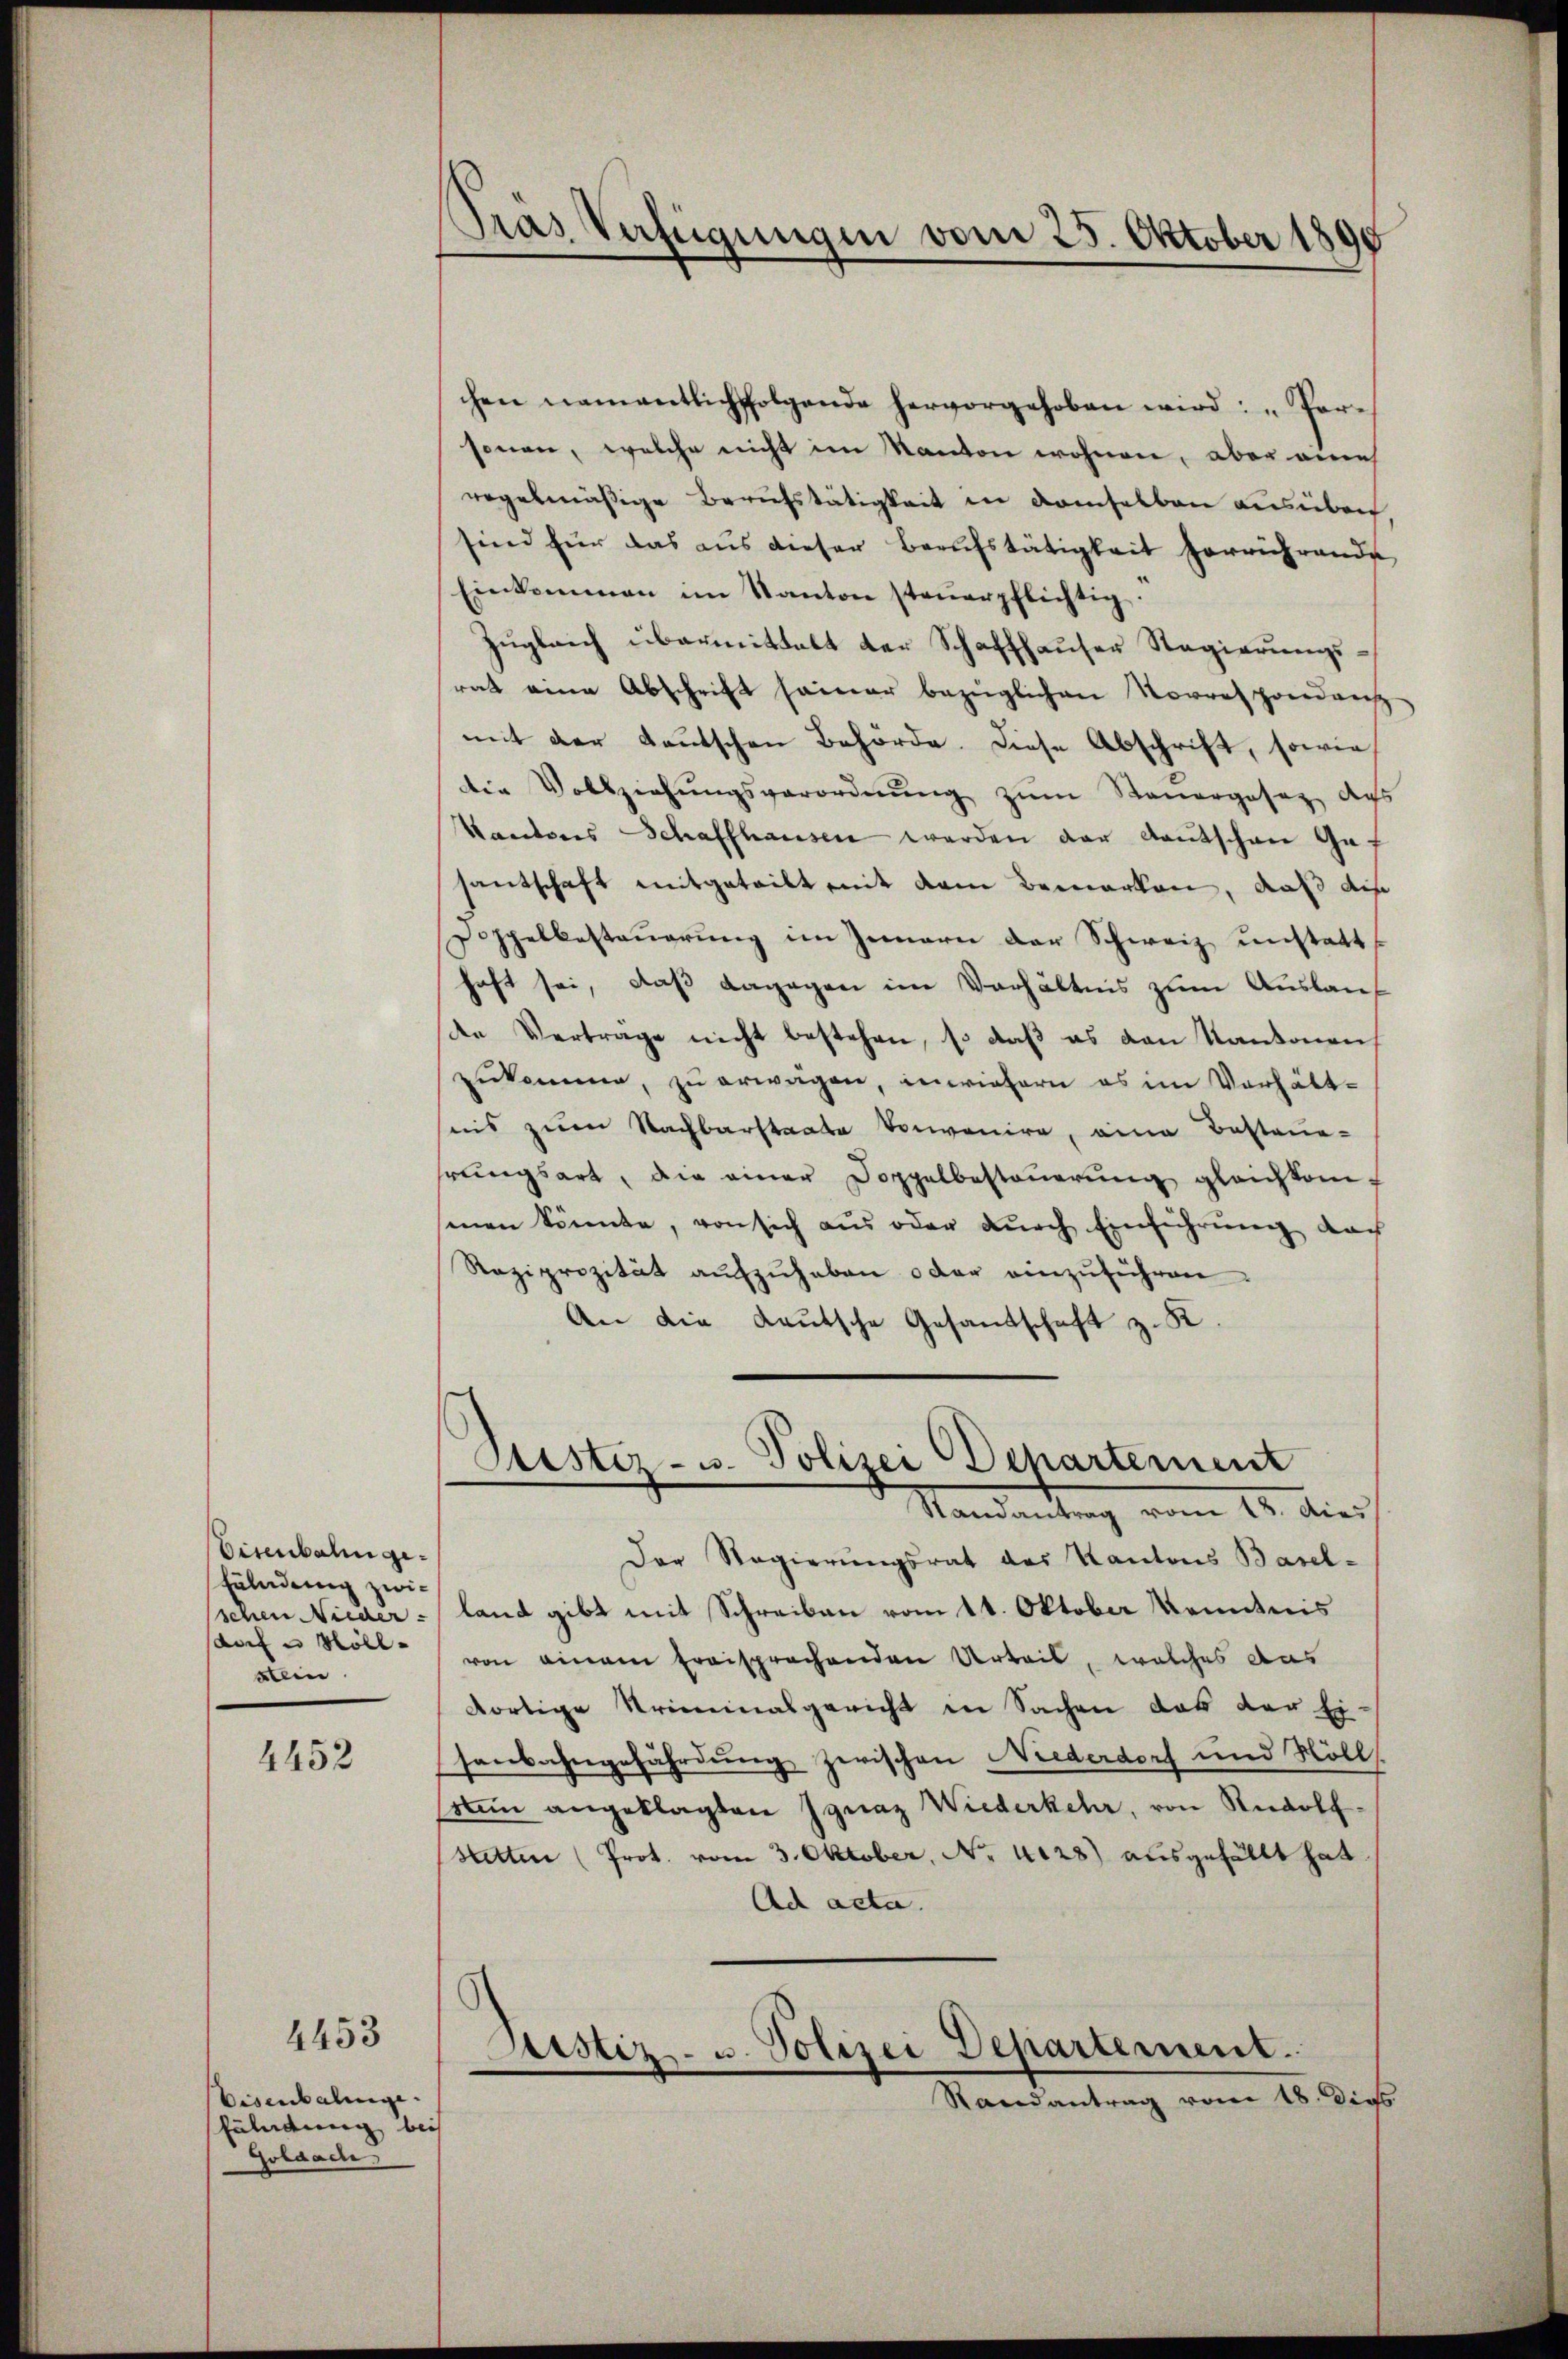
Eisenbahn ge¬
Enladung zwidorf u. Möll
stein

4452

4453

Visenbalinge.
fändung bei
Golaach,

Gras Verfügungen vom 25. Oktober 1890

chen namentlich folgende hervorgehoben wird: „Ver-
sonen, welche nicht im Kanton wohnen, aber eines
regelmäßige Berufstätigkeit in demselben ausüben
sind für das aŭs dieser Beaŭfstätigkeit herrührende
Einkommen im Kanton steŭerpflichtig.
zŭgleich übermittalt der Schaffhauser Regierungsrat eine Abschrift seiner bezüglichen Vorrespondans
mit der Kautschen Behörde. Diese Abschrift, sowie
die Vollziehŭngsverordnŭng zŭm Sauergesez des
kantons Schaffhausen werden der Kantschen Gaf
santschaft mitgeteilt mit dem Bemerken, daß die
Poppelbesteuerung im Innern der Schweiz unstatthaft sei, daß dagegen im Verhältnis zum Auslauf
de Verträge nicht bestehen, so daβ es von Kantonen
zŭkomme, zŭ erwägen, inwiefern es im Verhältsiis zum Nachbarstaate Voranire, eine Besteue-
rungsart, die einer Doppelbesteuerung gleichkomsenen könnte, von sich aus oder durch Einführung nach
Raziprizität aufzuheben oder einzuführen.
An die Kautsche Gesandschaft z. K.
Sistiz- u. Polizei Departerienz
Mandantung vom 18. dies
Der Regierungsrat des Kantons Basel-
schen Nieder - land gibt mit Schreiben vom 11. Oktober Kenntnis
von einem fraisprachenden Urteis, welches aus
dortige Kriminalgericht in Sachen das der Ei-
senbahngefährdung zwischen Niederdorf und Möll
sten angeklagten Ignaz Wiederkehr, von Rudolf
Stetten (Prot. vom 3. Oktober, No. 4128) ausgefällt hat.
Ad acta.
¬
1
Astiz- u. Polizei Departement
Randantrag vom 18. dies